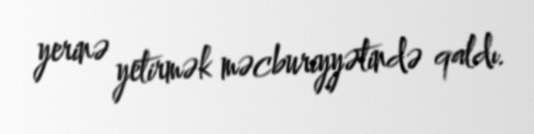
yerinə yetirmək məcburiyyətində qaldı.